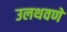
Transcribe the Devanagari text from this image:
उलथवणे